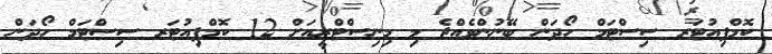
ކޮމްޕިއުޓަރ ސިސްޓަމް ހޯދަން ބޭނުންވެއްޖެ މި މިނިސްޓްރީއަށް 12 ކޮމްޕިއުޓަރ ސިސްޓަމް ހޯދަން